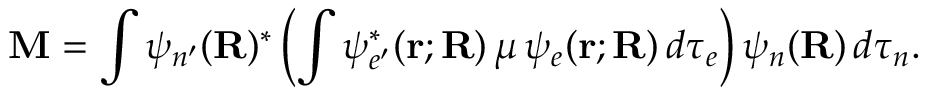
\mathbf { M } = \int \psi _ { n ^ { \prime } } ( \mathbf { R } ) ^ { \ast } \left( \int \psi _ { e ^ { \prime } } ^ { \ast } ( \mathbf { r } ; \mathbf { R } ) \, \boldsymbol { \mu } \, \psi _ { e } ( \mathbf { r } ; \mathbf { R } ) \, d \tau _ { e } \right) \psi _ { n } ( \mathbf { R } ) \, d \tau _ { n } .